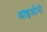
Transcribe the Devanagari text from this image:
आइओनो